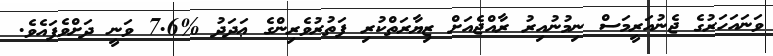
ވަނައަހަރުގެ ޖެނުއަރީމަސް ނިމުނުއިރު ރާއްޖެއަށް ޒިޔާރަތްކުރި ފަތުރުވެރިންގެ ޢަދަދު %7.6 ވަނީ ދަށްވެފައެވެ.